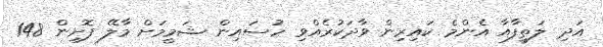
އަދި ލަތީފާއާ އެންމެ ކައިރިން ވާދަކުރެއްވި ހުސައިން ޝަމީމަށް މާލޭ ފޮށިން 148